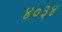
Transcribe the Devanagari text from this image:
४०३४